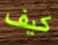
كيف